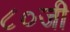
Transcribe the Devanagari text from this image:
८०जी